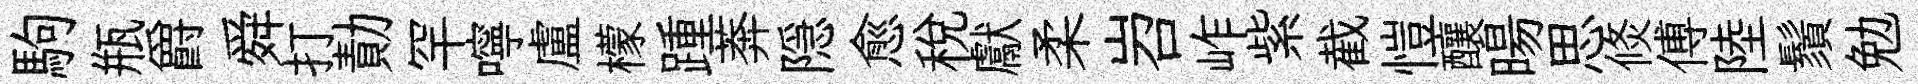
駒瓶爵舜打勣罕嚀盧檬踵莾隠愈稅獻柔岧岞紫截愷釀暘思倐傅陸鬚勉